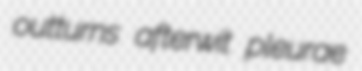
outturns afterwit pleurae